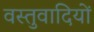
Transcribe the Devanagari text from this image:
वस्तुवादियों